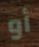
أو